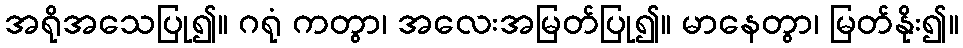
အရိုအသေပြု၍။ ဂရုံ ကတွာ၊ အလေးအမြတ်ပြု၍။ မာနေတွာ၊ မြတ်နိုး၍။